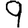
Digit: 9